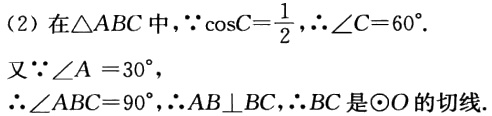
(2) 在$\triangle ABC$中，$\because \cos C = \frac{1}{2}$，$\therefore \angle C = 60^{\circ}$.

又$\because \angle A = 30^{\circ}$，

$\therefore \angle ABC = 90^{\circ}$，$\therefore AB\perp BC$，$\therefore BC$是$\odot O$的切线.